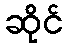
ဆိုင်